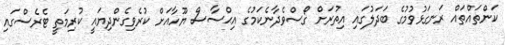
ކަންތައްތައް ރަނގަޅުވުމުގެ ބަދަލުގައި އިތުރަށް ގޯސްވެދާނެކަމުގެ އިޙްސާސް ޔޫހާއަށް ކުރެވިގެންދިޔައީ ކުރިމަތީ ޓެރެސްގައި